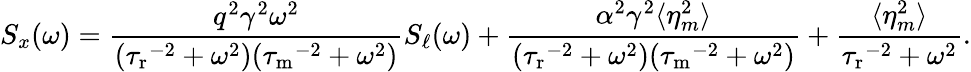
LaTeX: S_{x}(\omega)=\frac{q^{2}\gamma^{2}\omega^{2}}{({\tau_{\mathrm{r}}}^{-2}+\omega^{2})({\tau_{\mathrm{m}}}^{-2}+\omega^{2})}S_{\ell}(\omega)+\frac{\alpha^{2}\gamma^{2}\langle\eta_{m}^{2}\rangle}{({\tau_{\mathrm{r}}}^{-2}+\omega^{2})({\tau_{\mathrm{m}}}^{-2}+\omega^{2})}+\frac{\langle\eta_{m}^{2}\rangle}{{\tau_{\mathrm{r}}}^{-2}+\omega^{2}}.